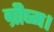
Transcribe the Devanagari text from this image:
ग्रीष्म।